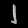
Digit: ၂